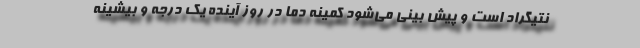
نتیگراد است و پیش بینی می‌شود کمینه دما در روز آینده یک درجه و بیشینه